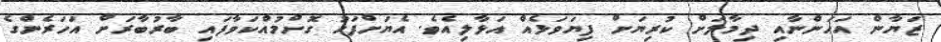
ޒަޔާން އަހަންނާއި ދިމާލަށް ކުރިޔަށް ފިޔަވަޅެއް އަޅާލިއެވެ. އެޔަށްފަހު ގޮށްމުއްކަވާފައި ބާރުބާރަށް އަހަރެންގެ